Account of plague administration in the Bombay Presidency from September 1896 till May 1897
Year: 1896
Disease focus: Plague
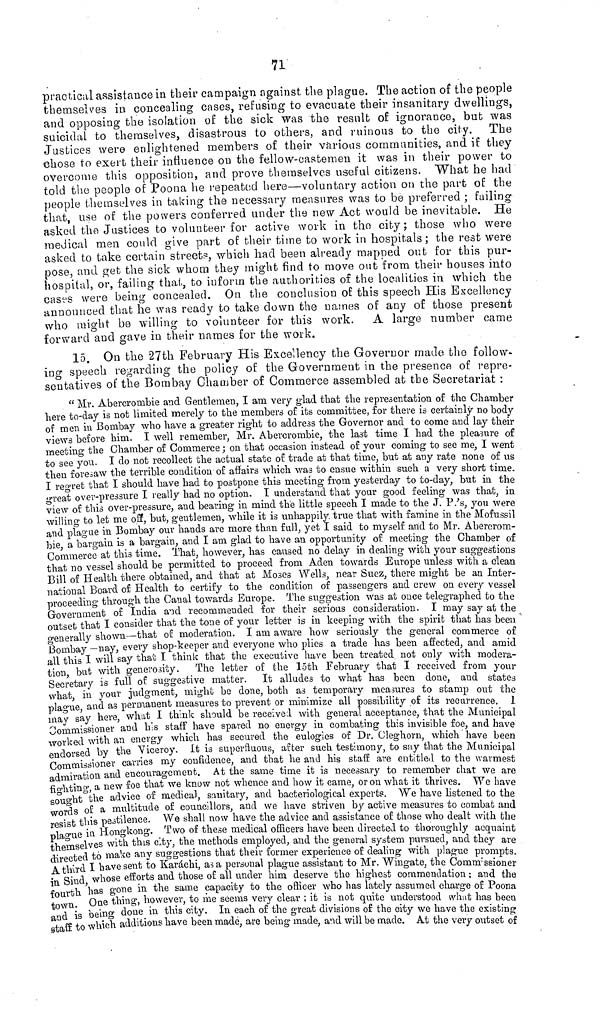
71
practical assistance in their campaign against the plague. The action of the people
themselves in concealing cases, refusing to evacuate their insanitary dwellings,
and opposing the isolation of the sick Was the result of ignorance, but was
suicidal to themselves, disastrous to others, and ruinous to the city. The
Justices were enlightened members of their various communities, and if they
chose to exert their influence on the fellow-eastern en it was in their power to
overcome this opposition, and prove themselves useful citizens. What he had
told the people of Poona he repeated here—voluntary action on the part of the
people, themselves in taking the necessary measures was to be preferred ; failing
that, use of the powers conferred under the new Act would be inevitable. He
asked the Justices to volunteer for active work in the city; those who were
medical men could give part of their time to work in hospitals; the rest were
asked to take certain streets, which had been already mapped out for this pur-
pose, and get the sick whom they might find to move out from their houses into
hospital, or, failing that, to inform the authorities of the localities in which the
cases were being concealed. Ou the conclusion of this speech His Excellency
announced that he was ready to take down the names of any of those present
who might be willing to volunteer for this work. A large number came
forward and gave in their names for the work.
1-5. On the 27th February His Excellency the Governor made the follow-
ing speech regarding the policy of the Government in the presence of repre-
sentatives of the Bombay Chamber of Commerce assembled at the Secretariat :
"Mr. Abercrombie and Gentlemen, I am very glad that the representation of the Chamber
here to-day is not limited merely to the members of its committee, for there is certainly no body
of men in Bombay who have a greater right to address the Governor and to come and lay their
views before him. I well remember, Mr. Abercrombie, the last time I had the pleasure of
meeting the Chamber of Commerce ; on that occasion instead of your coming to see me, I went
to see you. I do not recollect the actual state of trade at that time, but at any rate none of us
then foresaw the terrible condition of affairs which was to ensue within such a very short time.
I regret that I should have had to postpone this meeting from yesterday to to-day, but in the
threat over-pressure I really had no option. I understand that your good feeling was that, in.
view of this over-pressure, and bearing in mind the little speech I made to the J. P.'s, you were
willing to let me off, but, gentlemen, while it is unhappily, true that with famine in the Mofussil
and plague in Bombay our hands are more than full, yet I said to myself and to Mr. Abercrom-
bie, a bargain is a bargain, and I am glad to have an opportunity of meeting the Chamber of
Commerce at this time. That, however, has caused no delay in dealing with your suggestions
that no vessel should be permitted to proceed from Aden towards Europe unless with a clean
Bill of Health there obtained, and that at Moses Wells, near Suez, there might be an Inter-
national Board of Health to certify to the condition of passengers and crew on every vessel
proceeding through the Canal towards Europe. The suggestion was at once telegraphed to the
Government of India and recommended for their serious consideration. I may say at the
outset that I consider that the tone of your letter is in keeping with the spirit that has been
o-enerally shown—that of moderation. I am aware how seriously the general commerce of
Bombay —nay, every shop-keeper and everyone who plies a trade has been affected, and amid
all this I will say that I think that the executive have been treated not only with modera-
tion, but with generosity. The letter of the 15th February that I received from your
Secretary is full of suggestive matter. It alludes to what has been done, and states
what, in your judgment, might be done, both as temporary measures to stamp out the
plague, and as permanent measures to prevent or minimize all possibility of its recurrence. I
may say here, what I think should be received with general acceptance, that the Municipal
Commissioner asd his staff have spared no energy in combating this invisible foe, and have
worked with an energy which has secured the eulogies of Dr. Cleghorn, which ' have been
endorsed by the Viceroy. It is superfluous, after such testimony, to say that the Municipal
Commissioner carries my confidence, and that he and his staff are entitled to the warmest
admiration and encouragement. At the same time it is necessary to remember chat we are
fighting, a new foe that we know not whence and how it came, or on what it thrives. We have
sought the advice of medical, sanitary, and bacteriological experts. "We have listened to the
words o£ a multitude of councillors, and we have striven by active measures to combat and
resist this pestilence. We shall now have the advice and assistance of those who dealt with the
plague in Hongkong. Two of these medical officers have been directed to thoroughly acquaint
themselves with this city, the methods employed, and the general system pursued, and they are
directed to make any suggestions that their former experience of dealing with plague prompts.
A third I have sent to Karáchi, as a personal plague assistant to Mr. Wingate, the Commissioner
in Sind, whose efforts and those of all under him deserve the highest commendation ; and the
fourth has gone in the same capacity to the officer who has lately assumed charge of Poona
town. One thing, however, to me seems very clear ; it is not quite understood what has been
and is being done in this city. In each of the great divisions of the city we have the existing
staff to which additions have been made, are being made, and will be made. At the very outset of